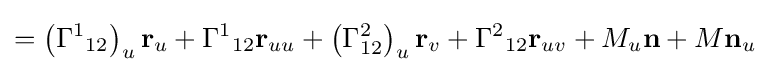
=\left({\Gamma ^{1}}_{12}\right)_{u}\mathbf {r} _{u}+{\Gamma ^{1}}_{12}\mathbf {r} _{uu}+\left(\Gamma _{12}^{2}\right)_{u}\mathbf {r} _{v}+{\Gamma ^{2}}_{12}\mathbf {r} _{uv}+M_{u}\mathbf {n} +M\mathbf {n} _{u}